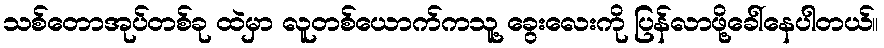
သစ်တောအုပ်တစ်ခု ထဲမှာ လူတစ်ယောက်ကသူ့ ခွေးလေးကို ပြန်လာဖို့ခေါ်နေပါတယ်။